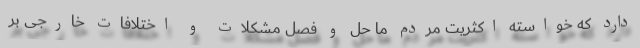
دارد که خواسته اکثریت مردم ما حل و فصل مشکلات و اختلافات خارجی بر